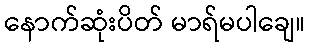
နောက်ဆုံးပိတ် မာရ်မပါချေ။